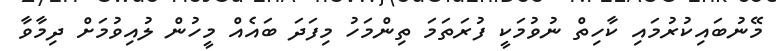
މޭނުބައިކުރުމައި ކާހިތް ނުވުމަކީ ފުރަތަމަ ތިންމަހު މިފަދަ ބައެއް މީހުން ލުއިވުމަށް ދިމާވާ